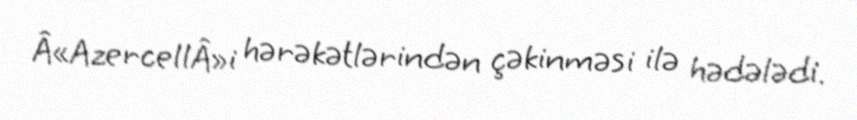
Â«AzercellÂ»i hərəkətlərindən çəkinməsi ilə hədələdi.